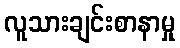
လူသားချင်းစာနာမှု